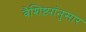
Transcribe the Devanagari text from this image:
वैशिष्ट्यांनुसार